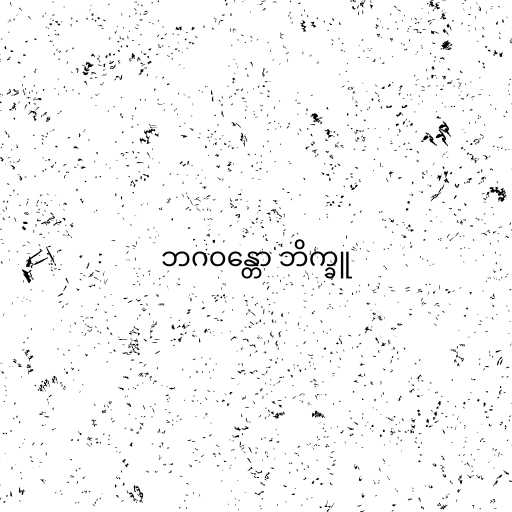
ဘဂဝန္တော ဘိက္ခူ